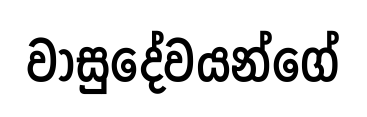
වාසුදේවයන්ගේ